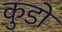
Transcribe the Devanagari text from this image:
कुडों